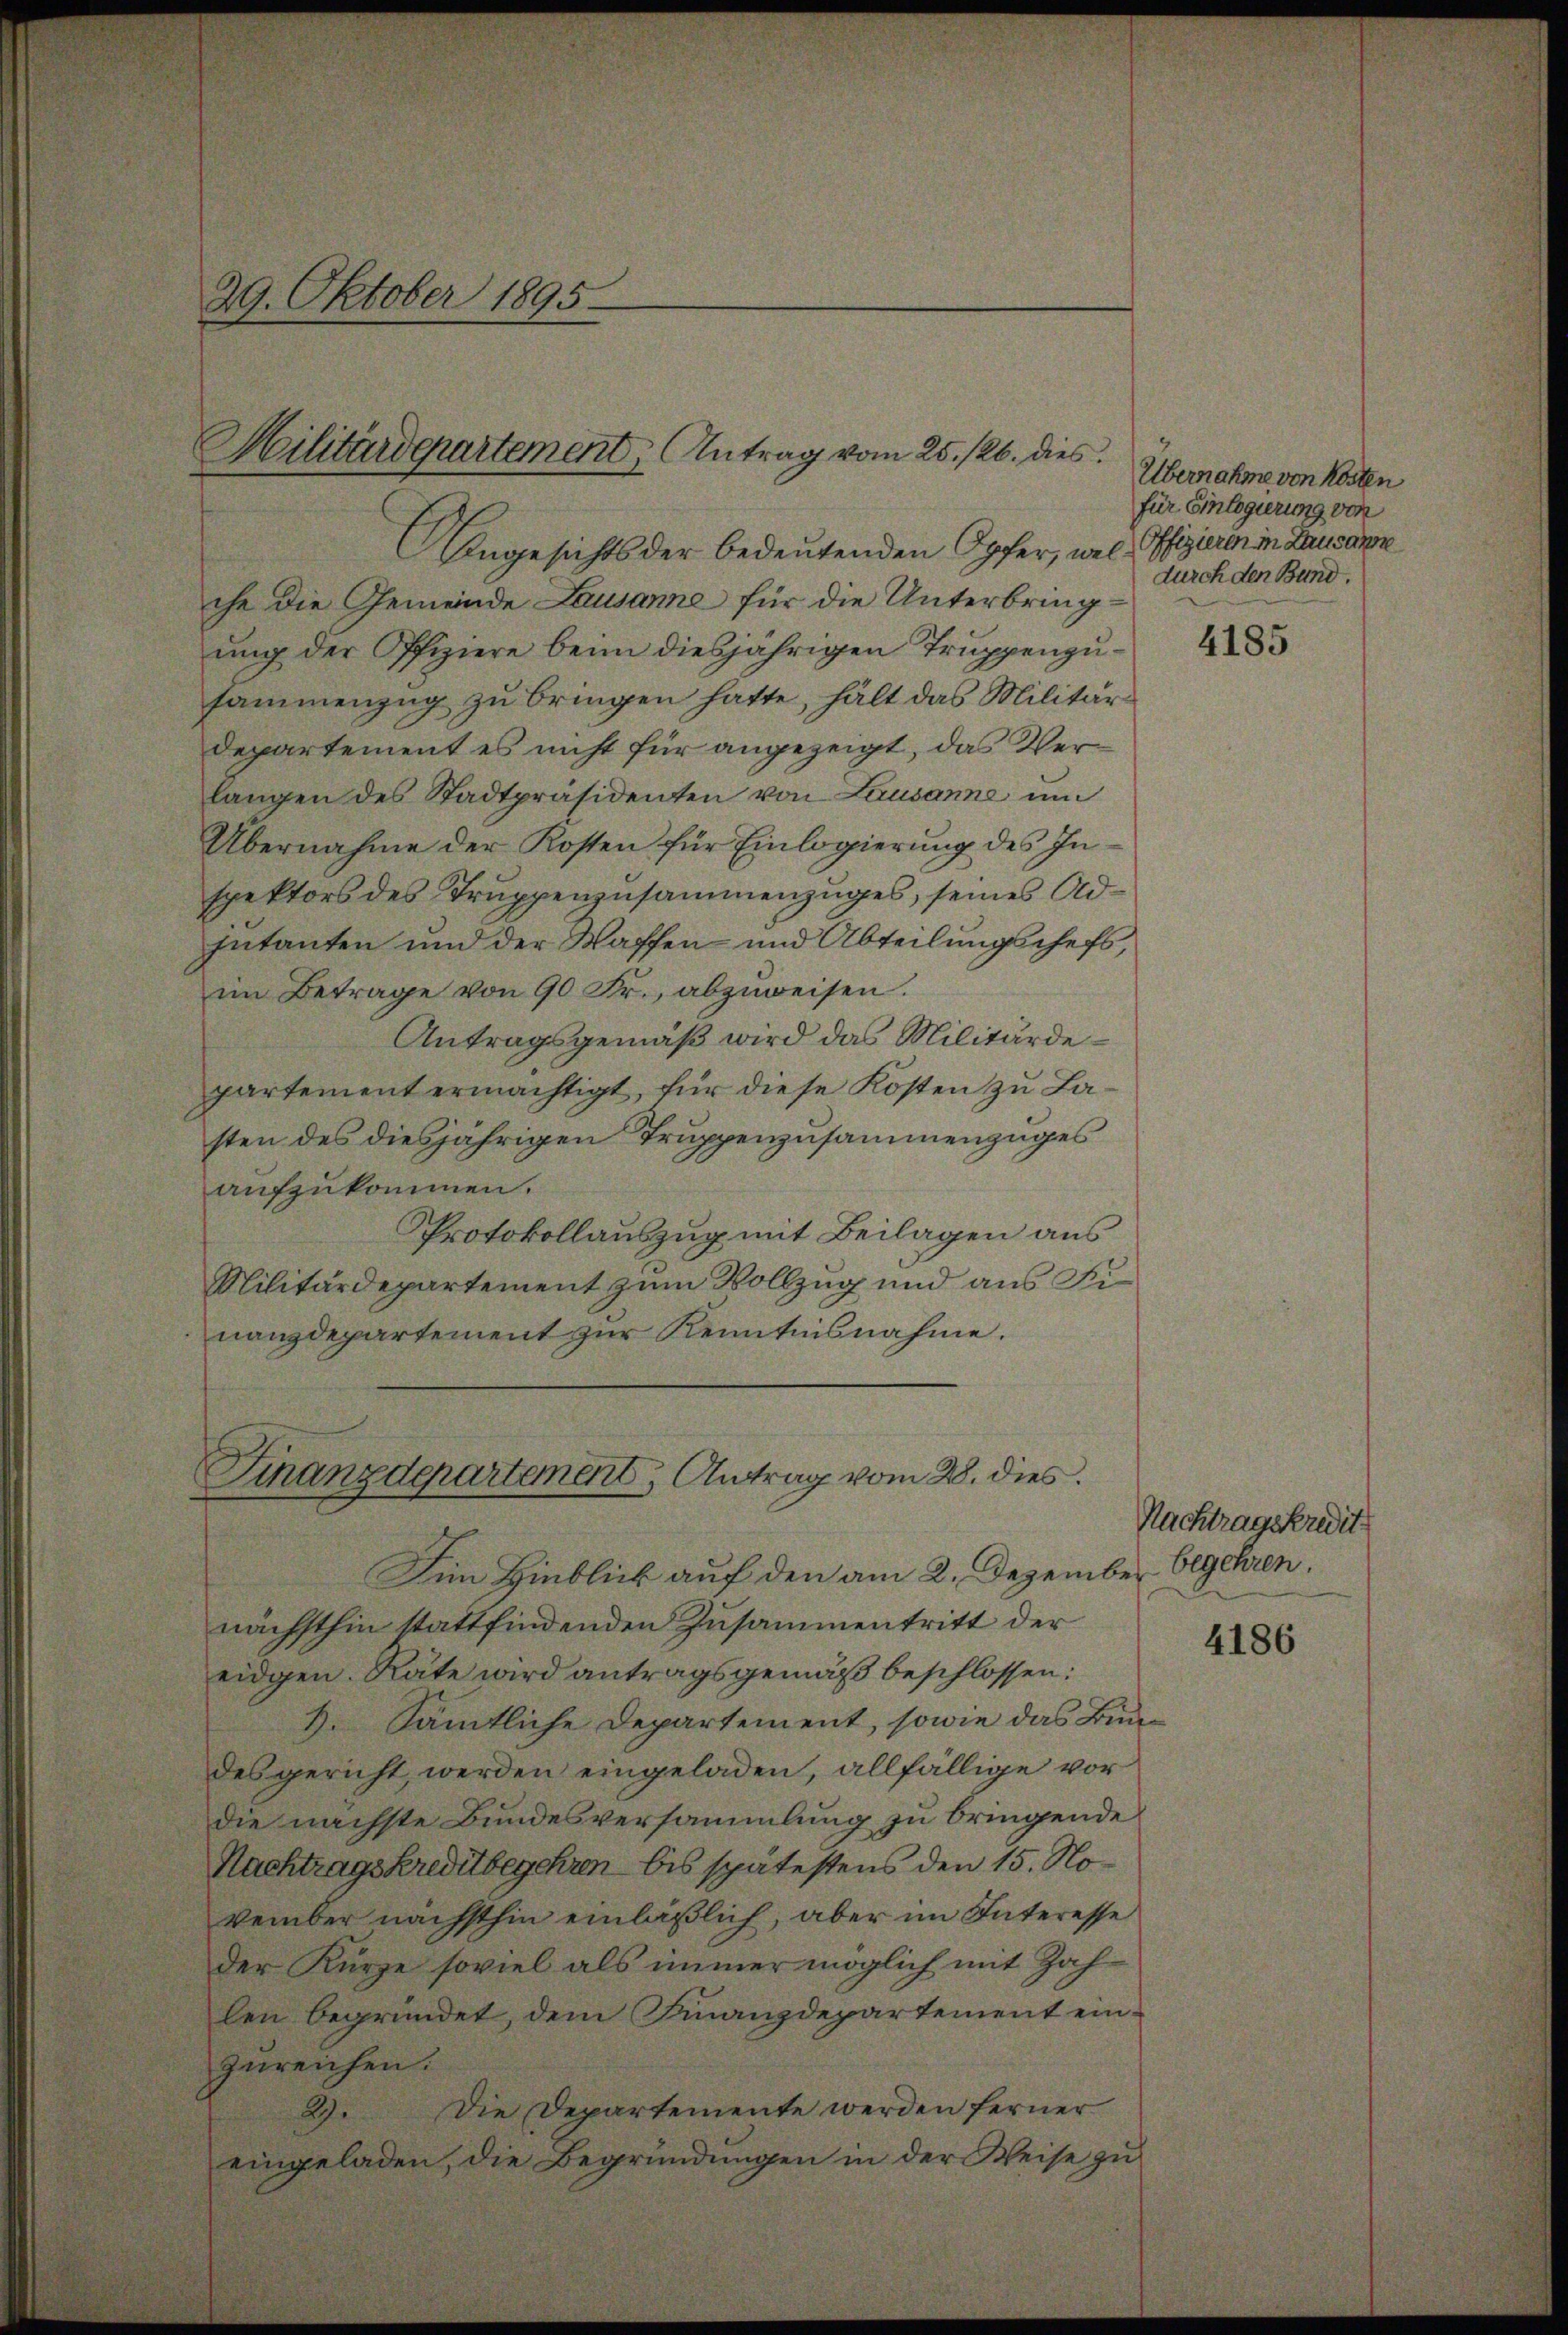
29. Oktober 1895

Hilitärdepartement, Antrag vom 25. 126. dies

Angesichts der bedeutenden Opfer, welche die Gemeinde Lausanne für die Unterbringung der Offiziere beim diesjährigen Truppenzusammenzug zu bringen hatte, hält das Militär¬
Departement es nicht für angezeigt, das Verlangen des Stadtpräsidenten von Lausanne um
Übernahme der Kosten für Einlogierung des Inspektors des Truppenzusammenzuges, seines Ad¬
Intanten und der Waffen- und Abteilungschefs,
im Betrage von 90 Fr., abzuweisen.
Antragsgemäß wird das Militärdepartement ermächtigt, für diese Kosten zu Lasten des diesjährigen Truppenzusammenzuges
aufzukommen.
Protokollauszug mit Beilagen aus
Militärdepartement zum Vollzug und aus Junanzdepartement zur Kenntnisnahme.

Finanzdepartement, Antrag vom 28. dies

Sim Hinblick auf den am 2. Dezember
nächsthin stattfindenden Zusammentritt der
eidgen. Räte wird antragsgemäß beschlossen:
2. Sämtliche Departement, sowie das Bundes gericht, werden eingeladen, allfällige vor
die nächste Bundesversammlung zu bringende
Nachtragskreditbegehren bis spätestens den 15. November nächsthin einläßlich, aber im Interesse
der Kurze soviel als immer möglich mit Zahlen begründet, dem Finanzdepartement einzureichen.
Die Departemente werden ferner
2).
eingeladen, die Begründŭngen in der Weise zŭ

Übernahme von Kosten
für Einlegierung von
Offizieren in Lausanne
durch den Bund.

4185

Nachtragskredit
begehren.

4186